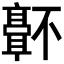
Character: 𬴜